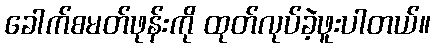
ခေါက်စမတ်ဖုန်းကို ထုတ်လုပ်ခဲ့ဖူးပါတယ်။